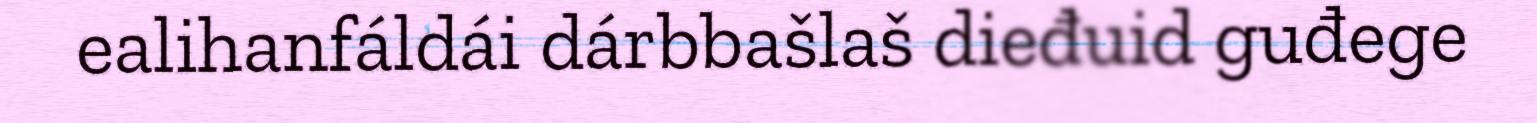
ealihanfáldái dárbbašlaš dieđuid guđege